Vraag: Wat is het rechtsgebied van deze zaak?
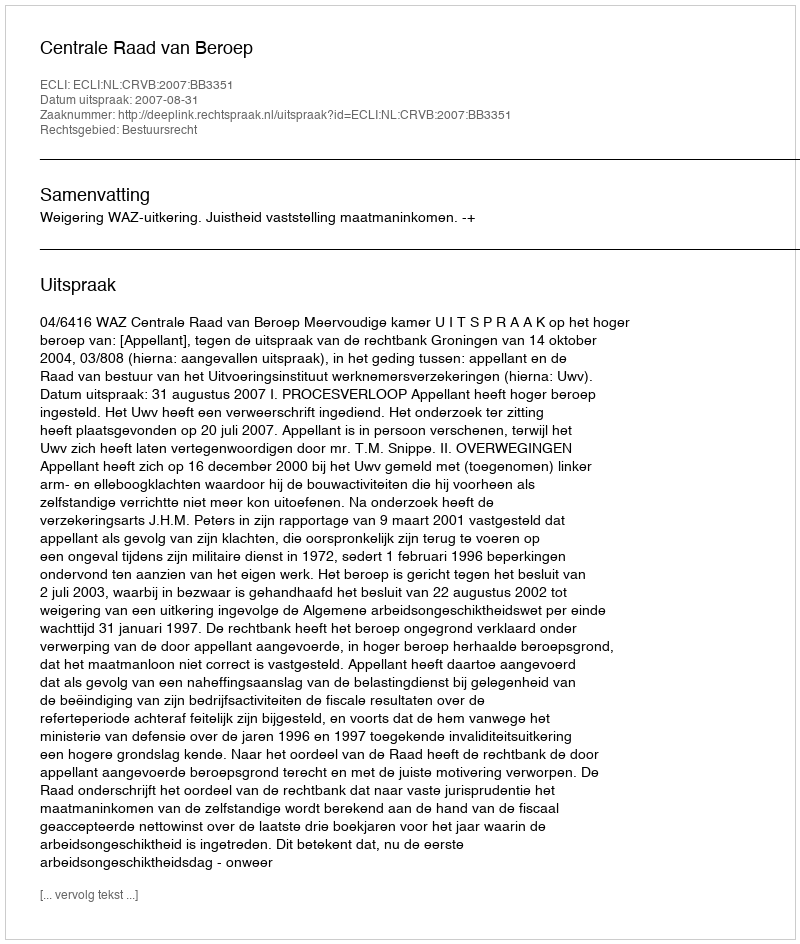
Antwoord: Bestuursrecht